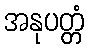
အနုပတ္တံ